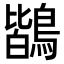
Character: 鶛